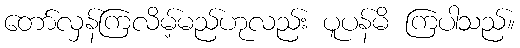
တော်လှန်ကြလိမ့်မည်ဟုလည်း ပူပန်မိ ကြပါသည်။